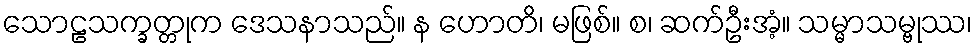
သောဠသက္ခတ္တုက ဒေသနာသည်။ န ဟောတိ၊ မဖြစ်။ စ၊ ဆက်ဦးအံ့။ သမ္မာသမ္ဗုဿ၊